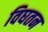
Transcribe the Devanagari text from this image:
विघतन